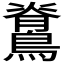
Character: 𮭉